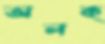
অলক্